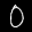
Label: 0